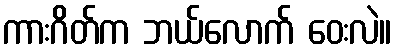
ကားဂိတ်က ဘယ်လောက် ဝေးလဲ။